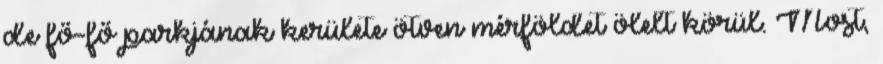
de fő-fő parkjának kerülete ötven mérföldet ölelt körül. Most,